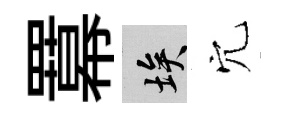
羃埃穴